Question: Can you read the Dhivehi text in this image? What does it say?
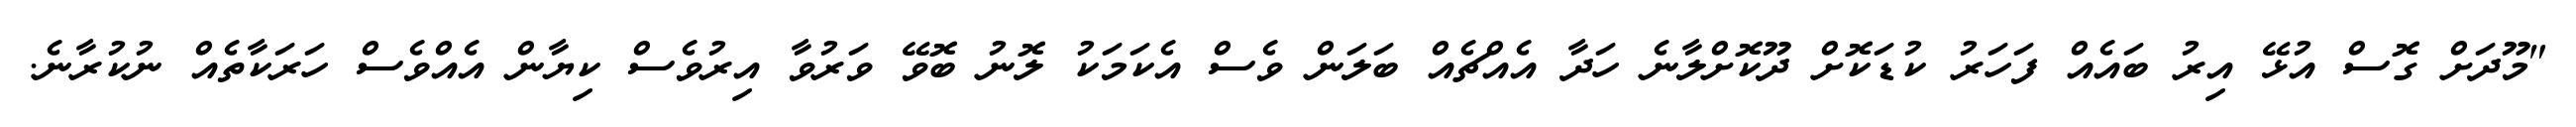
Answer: "މޫދަށް ގޮސް އުޅޭ އިރު ބައެއް ފަހަރު ކުޑަކޮށް ދޫކޮށްލާނެ ހަދާ އެއްޗެއް ބަލަން ވެސް އެކަމަކު ލޮނު ބޮވޭ ވަރުވާ އިރުވެސް ކިޔާން އެއްވެސް ހަރަކާތެއް ނުކުރާނެ.